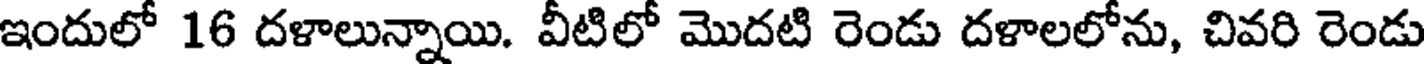
ఇందులో 16 దళాలున్నాయి. వీటిలో మొదటి రెండు దళాలలోను, చివరి రెండు